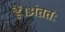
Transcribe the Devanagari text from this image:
हैं।अंततः